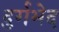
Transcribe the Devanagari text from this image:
दुर्गभेद